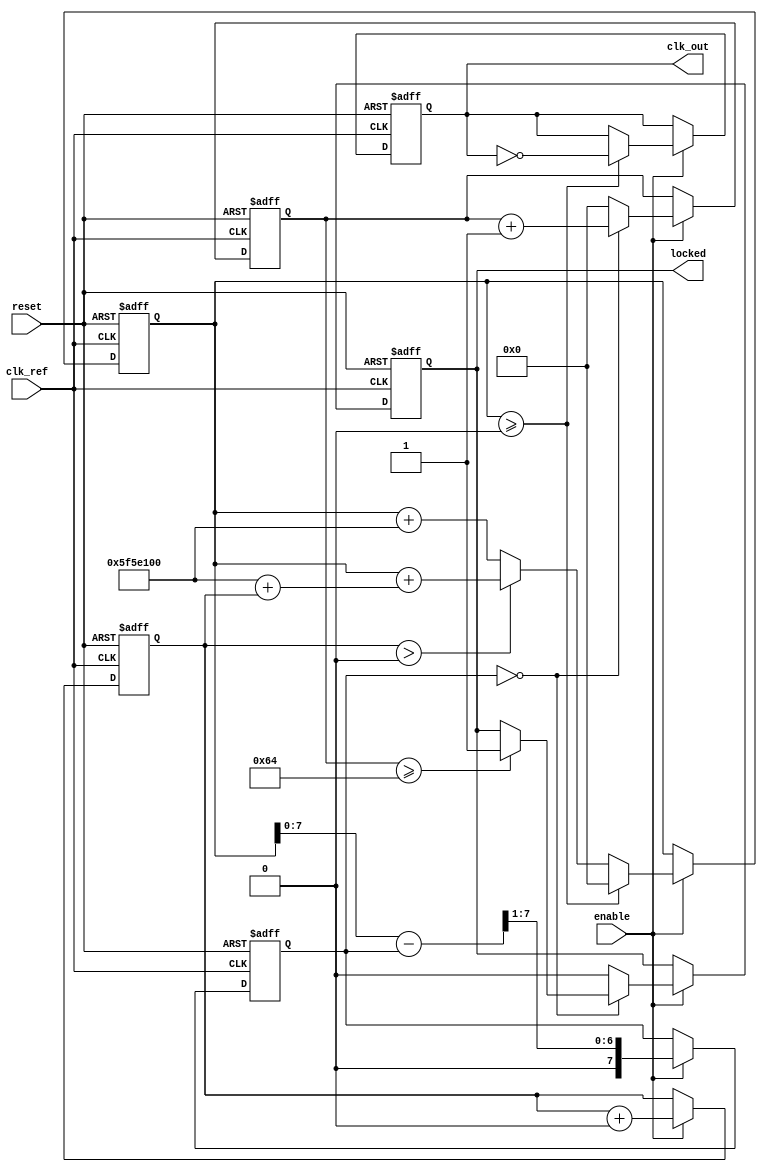
module parameterized_PLL #(
    parameter F_ref = 50_000_000, // Reference frequency in Hz
    parameter F_out = 100_000_000, // Desired output frequency in Hz
    parameter PHASE_RESOLUTION = 8, // Phase resolution
    parameter LOCK_TIME = 100, // Lock time in clock cycles
    parameter LOOP_BANDWIDTH = 10 // Loop bandwidth
)(
    input wire clk_ref, // Input reference clock signal
    input wire reset, // Asynchronous reset signal
    input wire enable, // Control signal to enable/disable PLL
    output reg clk_out, // Output clock signal
    output reg locked // Status signal indicating PLL lock status
);

    // Internal signals
    reg [PHASE_RESOLUTION-1:0] phase_error; // Phase error signal
    reg [PHASE_RESOLUTION-1:0] control_voltage; // Control voltage for VCO
    reg [31:0] vco_counter; // VCO counter
    reg [31:0] lock_counter; // Lock counter
    reg vco_enable; // VCO enable signal

    // VCO frequency calculation
    localparam VCO_BASE_FREQ = F_ref * (F_out / F_ref); // Base frequency for VCO

    // Phase Detector (PD) - Simple phase error calculation
    always @(posedge clk_ref or posedge reset) begin
        if (reset) begin
            phase_error <= 0;
        end else if (enable) begin
            // Example phase error calculation (simplified)
            phase_error <= (vco_counter[PHASE_RESOLUTION-1:0] - phase_error) >> 1; // Simple averaging
        end
    end

    // Loop Filter (LF) - Simple proportional control
    always @(posedge clk_ref or posedge reset) begin
        if (reset) begin
            control_voltage <= 0;
        end else if (enable) begin
            control_voltage <= control_voltage + (phase_error >> LOOP_BANDWIDTH); // Adjust control voltage
        end
    end

    // Voltage-Controlled Oscillator (VCO)
    always @(posedge clk_ref or posedge reset) begin
        if (reset) begin
            vco_counter <= 0;
            clk_out <= 0;
            locked <= 0;
            lock_counter <= 0;
            vco_enable <= 0;
        end else if (enable) begin
            // VCO frequency adjustment based on control voltage
            if (control_voltage > 0) begin
                vco_counter <= vco_counter + (VCO_BASE_FREQ + control_voltage);
            end else begin
                vco_counter <= vco_counter + VCO_BASE_FREQ;
            end
            
            // Generate output clock based on VCO counter
            if (vco_counter >= (F_ref / F_out)) begin
                clk_out <= ~clk_out; // Toggle output clock
                vco_counter <= 0; // Reset counter
            end
            
            // Lock detection
            if (phase_error == 0) begin
                lock_counter <= lock_counter + 1;
                if (lock_counter >= LOCK_TIME) begin
                    locked <= 1; // PLL is locked
                end
            end else begin
                lock_counter <= 0; // Reset lock counter if phase error exists
                locked <= 0; // Not locked
            end
        end
    end

endmodule